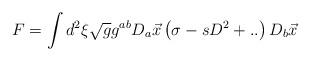
LaTeX: \begin{align*}F = \int d^2 \xi \sqrt{g} g^{ab} D_a \vec{x} \left( \sigma - s D^{2} +..\right) D_b \vec{x}\end{align*}